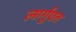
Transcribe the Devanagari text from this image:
लार्गुएत